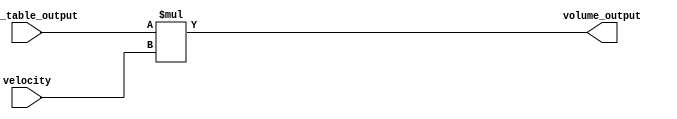
`default_nettype none
module volume_multiplier (
	velocity,
	wave_table_output,
	volume_output
);
	reg _sv2v_0;
	input wire [6:0] velocity;
	input wire [8:0] wave_table_output;
	output reg [15:0] volume_output;
	always @(*) begin
		if (_sv2v_0)
			;
		volume_output = wave_table_output * velocity;
	end
	initial _sv2v_0 = 0;
endmodule